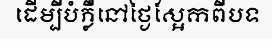
ដើម្បីបំភ្លឺនៅថ្ងៃស្អែកពីបទ